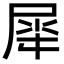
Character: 𫵠